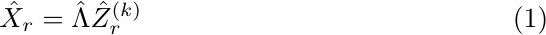
\begin{equation}\label{eq:datacompl}
\hat X_r=\hat\Lambda \hat Z_r^{(k)}
\end{equation}